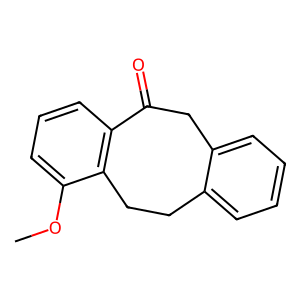
SMILES: COc1cccc2c1CCc1ccccc1CC2=O
Inhibits HIV replication: No